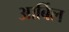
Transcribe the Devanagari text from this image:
आर्बिल